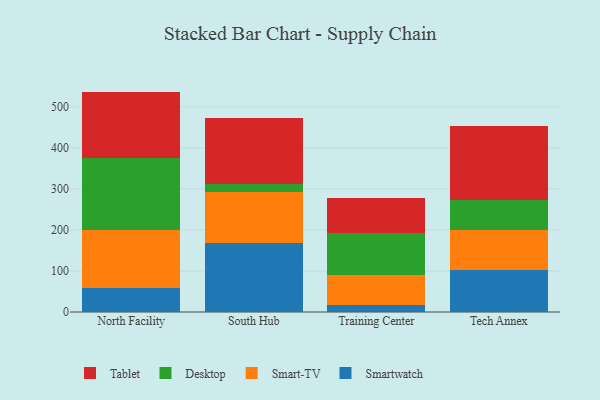
{"axis": {"x": "Campus", "y": "Latency (ms)"}, "legend": ["Desktop", "Smart-TV", "Smartwatch", "Tablet"], "data": [{"x": "North Facility", "y": 58.6, "type": "Smartwatch"}, {"x": "North Facility", "y": 141.6, "type": "Smart-TV"}, {"x": "North Facility", "y": 175.3, "type": "Desktop"}, {"x": "North Facility", "y": 161.8, "type": "Tablet"}, {"x": "South Hub", "y": 167.7, "type": "Smartwatch"}, {"x": "South Hub", "y": 125.1, "type": "Smart-TV"}, {"x": "South Hub", "y": 19.3, "type": "Desktop"}, {"x": "South Hub", "y": 160.4, "type": "Tablet"}, {"x": "Training Center", "y": 18.1, "type": "Smartwatch"}, {"x": "Training Center", "y": 73.2, "type": "Smart-TV"}, {"x": "Training Center", "y": 101.8, "type": "Desktop"}, {"x": "Training Center", "y": 84.9, "type": "Tablet"}, {"x": "Tech Annex", "y": 102.5, "type": "Smartwatch"}, {"x": "Tech Annex", "y": 97.0, "type": "Smart-TV"}, {"x": "Tech Annex", "y": 74.3, "type": "Desktop"}, {"x": "Tech Annex", "y": 179.9, "type": "Tablet"}]}